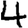
Digit: 4